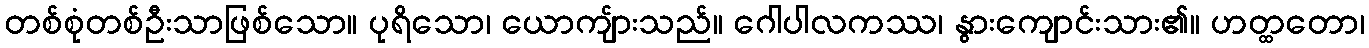
တစ်စုံတစ်ဦးသာဖြစ်သော။ ပုရိသော၊ ယောကျ်ားသည်။ ဂေါပါလကဿ၊ နွားကျောင်းသား၏။ ဟတ္ထတော၊